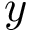
y